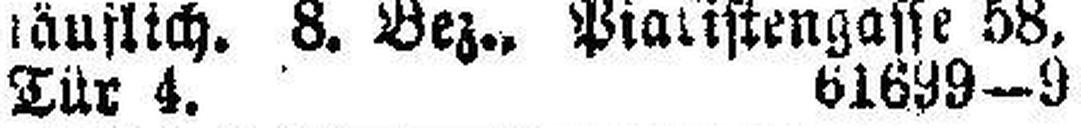
Tür 4. 61699—9